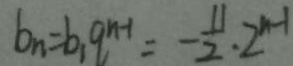
b _ { n } = b _ { 1 } q ^ { n - 1 } = - \frac { 1 1 } { 2 } \cdot 2 ^ { n - 1 }